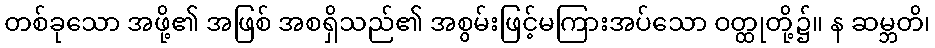
တစ်ခုသော အဖို့၏ အဖြစ် အစရှိသည်၏ အစွမ်းဖြင့်မကြားအပ်သော ဝတ္ထုတို့၌။ န ဆမ္ဘတိ၊